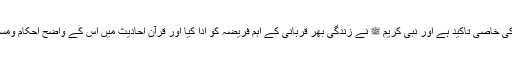
پھر اہلِ اسلام کواس اہم عمل کی خاصی تاکید ہے اور نبی کریم ﷺ نے زندگی بھر قربانی کے اہم فریضہ کو ادا کیا اور قرآن احادیث میں اس کے واضح احکام ومسائل اور تعلیمات موجو د ہیں ۔